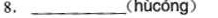
8.___( hùcóng )